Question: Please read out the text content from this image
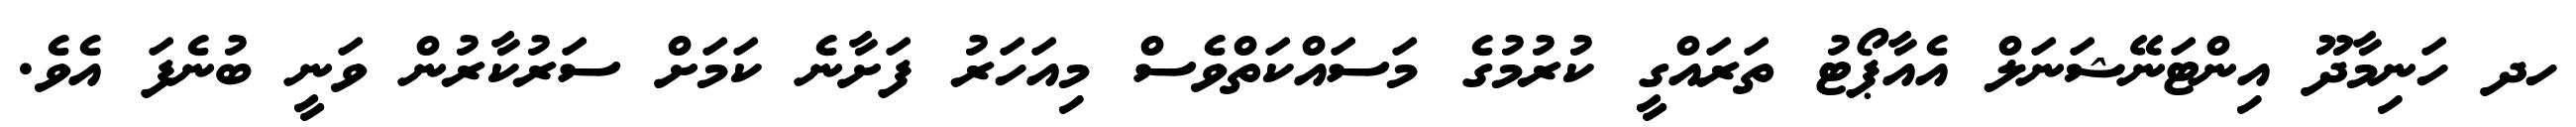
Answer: ހދ ހަނިމާދޫޫ އިންޓަނޭޝަނަލް އެއާޕޯޓު ތަރައްގީ ކުރުމުގެ މަސައްކަތްވެސް މިއަހަރު ފަށާނެ ކަމަށް ސަރުކާރުން ވަނީ ބުނެފަ އެވެ.